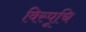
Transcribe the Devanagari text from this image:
विस्पूचि